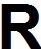
R